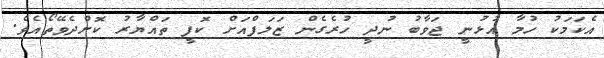
އެކަމަކު ހުމާ އުޅުނީ ޖަވާބު ނުދީ ހުރެގެން ޒަލަފްއަށް ކޮފީ ތައްޔާރު ކޮށްދެވޭތޯއެވެ.